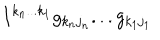
LaTeX: I ^ { k _ { n } . . . k _ { 1 } } g _ { k _ { n } j _ { n } } . . . g _ { k _ { 1 } j _ { 1 } }